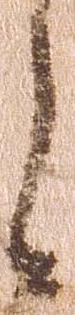
之